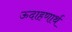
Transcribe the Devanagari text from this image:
ऊदाहणार्थ